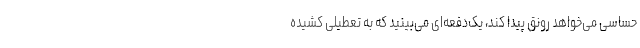
حساسی می‌خواهد رونق پیدا کند، یک‌دفعه‌ای می‌بینید که به تعطیلی کشیده